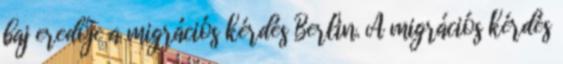
baj eredője a migrációs kérdés Berlin. A migrációs kérdés